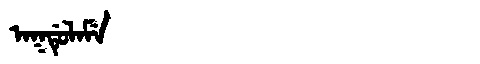
Manchu: ᠠᡴᡩᡠᠯᠠᠮᡝ
Romanization: AKDULAME